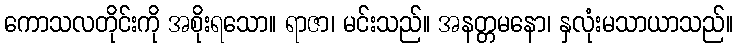
ကောသလတိုင်းကို အစိုးရသော။ ရာဇာ၊ မင်းသည်။ အနတ္တမနော၊ နှလုံးမသာယာသည်။